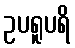
ဥပရူပရိ